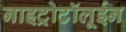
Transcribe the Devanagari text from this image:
नाइट्रोटॉलूईन